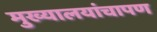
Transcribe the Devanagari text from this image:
मुख्यालयांचापण